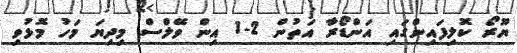
ޔޫރޯ ކޮލިފައިންގައި އަންޑޯރާ އަތުން 2-1 އިން ވޭލްސް މިދިޔަ މަހު މޮޅުވި